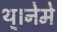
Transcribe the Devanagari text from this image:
थ्।नेमे